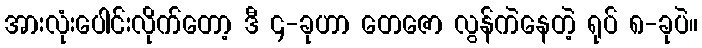
အားလုံးပေါင်းလိုက်တော့ ဒီ ၄-ခုဟာ တေဇော လွန်ကဲနေတဲ့ ရုပ် ၈-ခုပဲ။